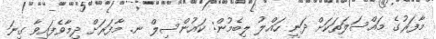
މާފަރުގެ މައްސަލަތަކަށް ދަނީ ހައްލު ލިބެމުން: ކައުންސިލް ނ. މާފަރަށް ދިމާވެފައިވާ ގިނަ